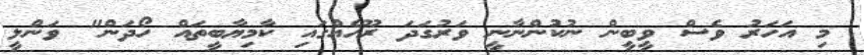
މި އަހަރު ވެސް ވީބީން ނުކުންނާނީ ވަރުގަދަ ރޫހެއްގައި ކާމިޔާބީތައް ހޯދަން" ވަންލީ